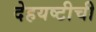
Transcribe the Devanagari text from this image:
देहयष्टीची